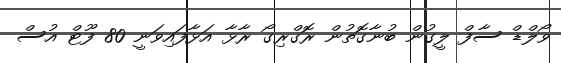
ވޯލްޑް ސާފް ލީގުން ބުނާގޮތުން ރޮގްރިގޯ ރާޅާ އަޅާފައިވަނީ 80 ފޫޓް އުސް